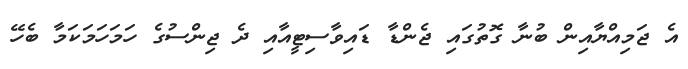
އެ ޖަމިއްޔާއިން ބުނާ ގޮތުގައި ޖެންޑާ ޑައިވާސިޓީއާއި ދެ ޖިންސުގެ ހަމަހަމަކަމާ ބެހޭ